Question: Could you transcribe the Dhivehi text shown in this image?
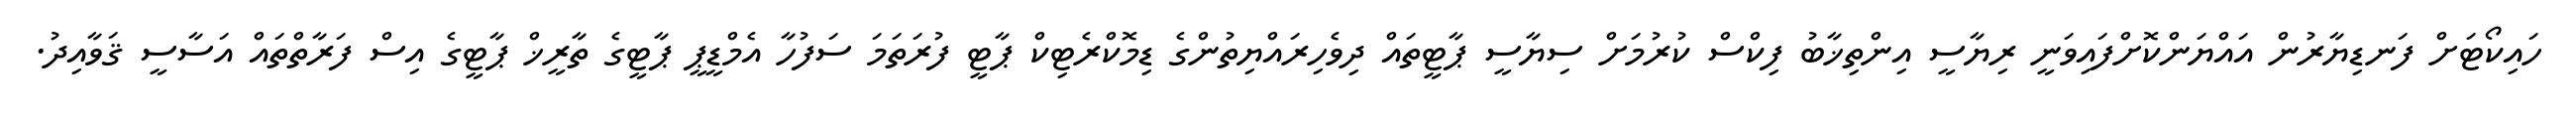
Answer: ހައިކޯޓަށް ފަނޑިޔާރުން އައްޔަންކޮށްފައިވަނީ ރިޔާސީ އިންތިޚާބު ފިކްސް ކުރުމަށް ސިޔާސީ ޕާޓީތައް ދިވެހިރައްޔިތުންގެ ޑިމޮކްރެޓިކް ޕާޓީ ފުރަތަމަ ސަފުހާ އެމްޑީޕީ ޕާޓީގެ ތާރީޚް ޕާޓީގެ އިސް ފަރާތްތައް އަސާސީ ޤަވާއިދު.